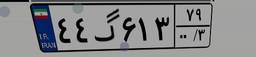
۴۴گ۶۱۳۷۹